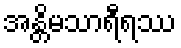
အန္တိမသာရီရဿ